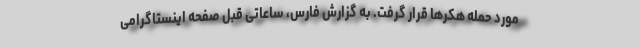
مورد حمله هکرها قرار گرفت. به گزارش فارس، ساعاتی قبل صفحه اینستاگرامی